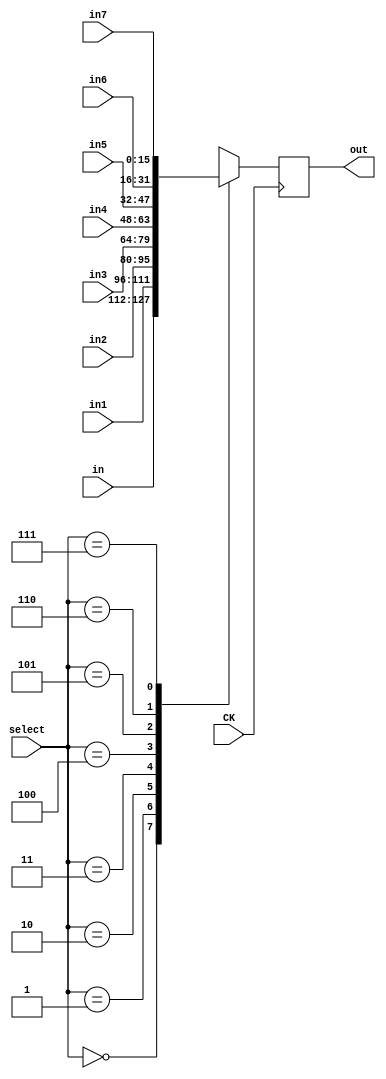
module mux3to8(in, in1, in2, in3, in4, in5, in6, in7, CK, select, out);

	input [15:0] in, in1, in2, in3, in4, in5, in6, in7;
	input [2:0]  select;
	input CK;

	output reg [15:0] out;

	always @(posedge CK) begin	
		case(select)
			3'b000:out = in;
			3'b001:out = in1;
			3'b010:out = in2;
			3'b011:out = in3;
			3'b100:out = in4;
			3'b101:out = in5;
			3'b110:out = in6;
			3'b111:out = in7;
		endcase
	end

endmodule